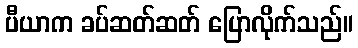
ပီယာက ခပ်ဆတ်ဆတ် ပြောလိုက်သည်။